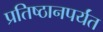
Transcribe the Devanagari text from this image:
प्रतिष्ठानपर्यंत